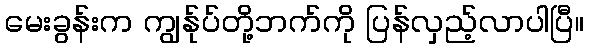
မေးခွန်းက ကျွန်ုပ်တို့ဘက်ကို ပြန်လှည့်လာပါပြီ။